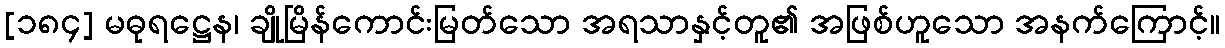
[၁၈၄] မဓုရဋ္ဌေန၊ ချိုမြိန်ကောင်းမြတ်သော အရသာနှင့်တူ၏ အဖြစ်ဟူသော အနက်ကြောင့်။